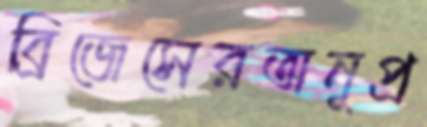
ব্রিজেসেরঅনুপ্র